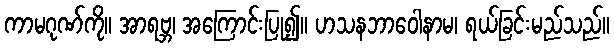
ကာမဂုဏ်ကို။ အာရဗ္ဘ၊ အကြောင်းပြု၍။ ဟသနဘာဝေါနာမ၊ ရယ်ခြင်းမည်သည်။